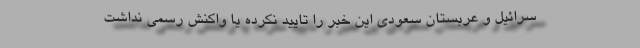
سرائیل و عربستان سعودی این خبر را تایید نکرده یا واکنش رسمی نداشت